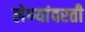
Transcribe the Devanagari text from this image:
लेण्यांवरती